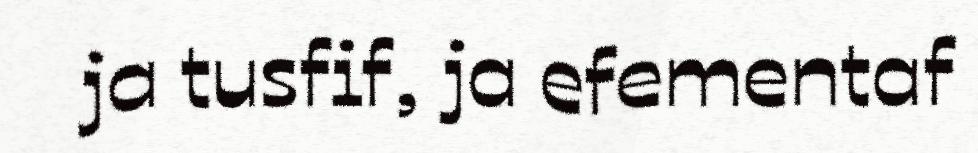
ja tusfif, ja efementaf